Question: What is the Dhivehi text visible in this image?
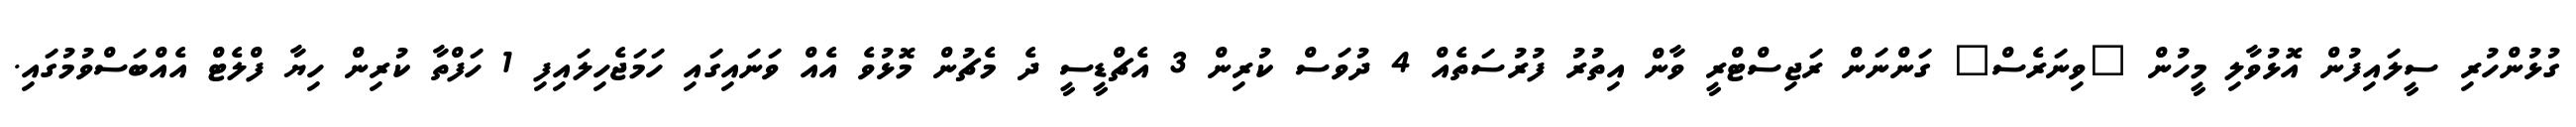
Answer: ގުޅުންހުރި ސީލައިފުން އޮޅުވާލި މީހުން "ވިނަރެސް" ގަންނަން ރަޖިސްޓްރީ ވާން އިތުރު ފުރުސަތެއް 4 ދުވަސް ކުރިން 3 އެޗްޑީސީ ދެ މެޗުން މޮޅުވެ އެއް ވަނައިގައި ހަމަޖެހިލައިފި 1 ހަފްތާ ކުރިން ހިޔާ ފްލެޓް އެއްބަސްވުމުގައި.